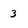
Character: 3